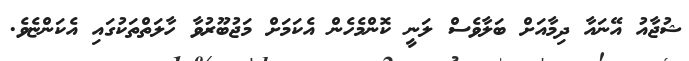
ޝުޖާއު އޭނައާ ދިމާއަށް ބަލާވެސް ލަނީ ކޮންމެހެން އެކަމަށް މަޖުބޫރުވާ ހާލަތްތަކުގައި އެކަންޏެވެ.